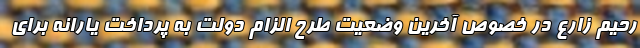
رحیم زارع در خصوص آخرین وضعیت طرح الزام دولت به پرداخت یارانه برای